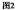
图2